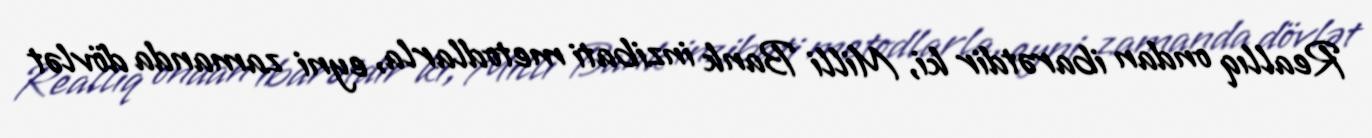
Reallıq ondan ibarətdir ki, Milli Bank inzibati metodlarla, eyni zamanda dövlət